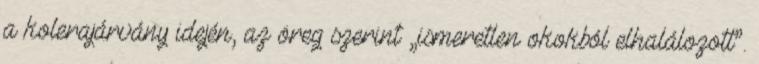
a kolerajárvány idején, az öreg szerint „ismeretlen okokból elhalálozott”.